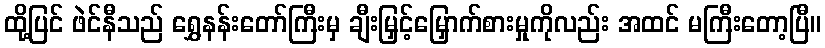
ထို့ပြင် ဖဲင်နီသည် ရွှေနန်းတော်ကြီးမှ ချီးမြှင့်မြှောက်စားမှုကိုလည်း အထင် မကြီးတော့ပြီ။